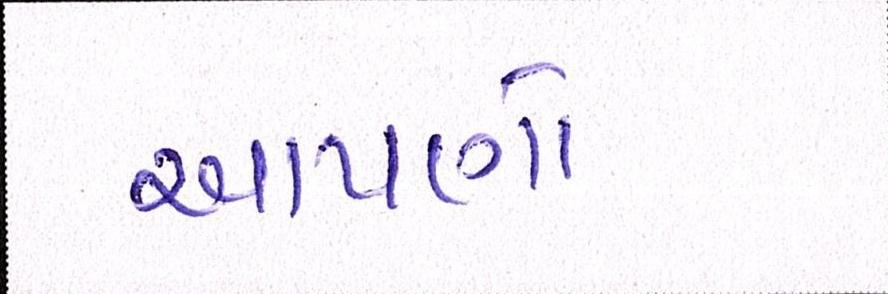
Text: આપણો